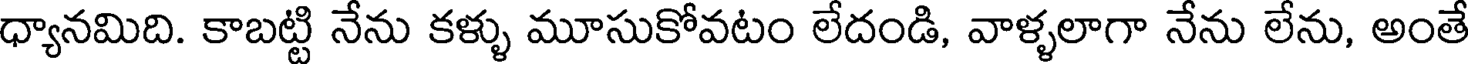
ధ్యానమిది. కాబట్టి నేను కళ్ళు మూసుకోవటం లేదండి, వాళ్ళలాగా నేను లేను, అంతే